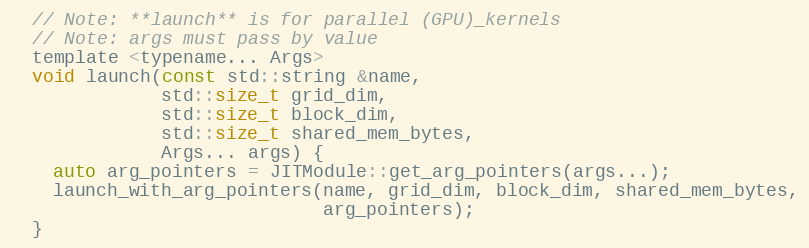
Language: C
  // Note: **launch** is for parallel (GPU)_kernels
  // Note: args must pass by value
  template <typename... Args>
  void launch(const std::string &name,
              std::size_t grid_dim,
              std::size_t block_dim,
              std::size_t shared_mem_bytes,
              Args... args) {
    auto arg_pointers = JITModule::get_arg_pointers(args...);
    launch_with_arg_pointers(name, grid_dim, block_dim, shared_mem_bytes,
                             arg_pointers);
  }